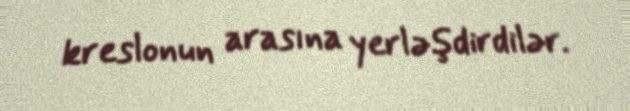
kreslonun arasına yerləşdirdilər.